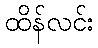
ထိန်လင်း